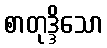
စာတုဒ္ဒိသော